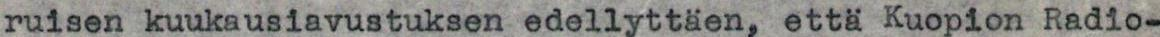
ruisen kuukausiavustuksen edellyttäen, että Kuopion Radio-